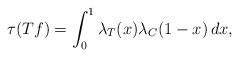
LaTeX: \begin{align*}\tau(Tf) = \int^1_0 \lambda_T(x) \lambda_C(1-x) \, dx,\end{align*}